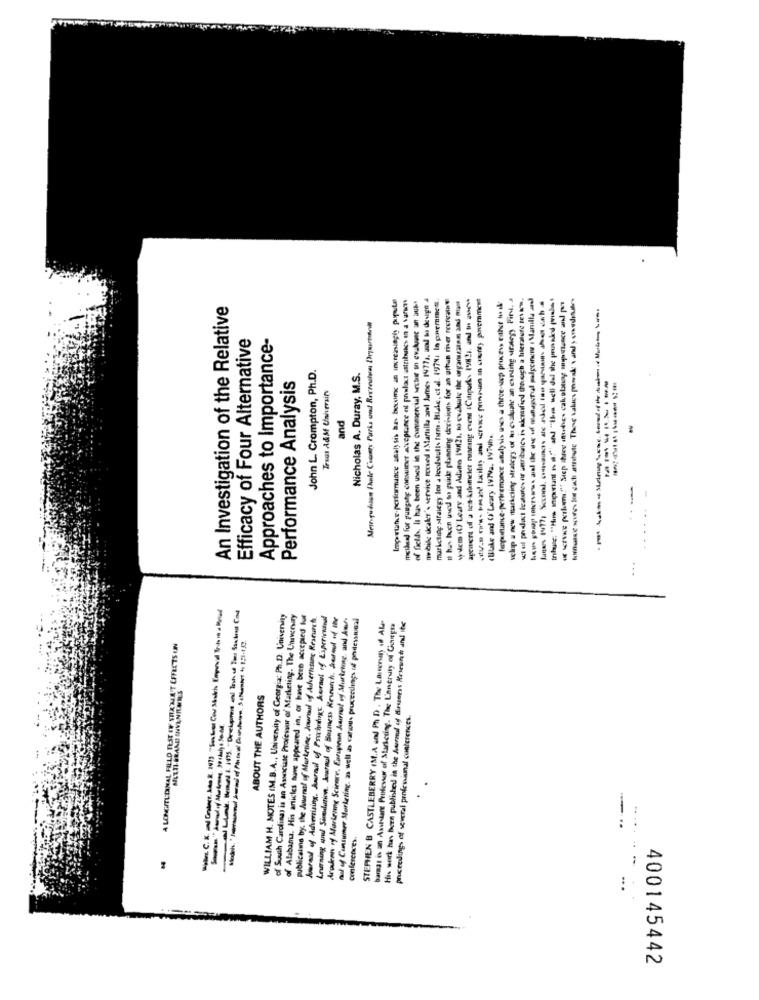
meideal für gungahiç consumer acceptance el prolact astributos in a varsens
of fields, It has been used in the cunumercial sesbur on evaluune an aus
ne baile skaler's service rocked Martella and June, 19771. zo hus design a
marketing Mifaiegy los a leedsulis form.Huske, et al. 19774, In parmmet.
It has been used to guide planning decisions for an urhan river recreatat
wwcm (O' Leary and Adudo 19821, to evaluate the organscalam and mag
Las 177, Scool, ounas se siel tos quias hecha
Inhuse: "Hurs important n. i."" and "this well del the prussicd (viales
An Investigation of the Relative
Nopaintance-periremonce analysis uses a three-wiep process either to il
Mergulion Dair Ciomy Paris und Recreios Diepartant
Efficacy of Four Alternative
Approaches to Importance-
John L. Crompton, Ph.D.
Nicholas A. Duray, M.S.
-------
Performance Analysis
Treas A&M University
and
(luke and O'Leary IVIVa. WyTuh.
-
Wite. C. K. zal Grader. Jan 2. 141) "Sex Les Cou South Empresa Trots in a Road
WILLIAM H. MOTES (M.B.A ., University of Georgia: Ph.D. University
of South Carolina) is an Associate Professor of' Marketing. The Unaveray
of Alabama. His articles have appeared in. or have been accepted fut
publications by. the Journal of Marketing, Jourout of Adversary Research.
Journal of Advertising, barad of Praxinings hornel of Experienand
Leuning and Sindsin. Journal of Bonnes Knowth. herout of the
Arukron of Markring Science, Eorupean Aurnot of Surkring, and Auf-
nul of Consumer Marketing, as well as canous proceedings of phdessinal
STEPHEN B CASTLEBERRY (M.A and Ph D . The Lassonsany of AL
baras is an Asshaare Professor of Starkcting. The Unneruty of Gourgta
His work has been published in the hurnul of Brunes Koweunh and the
A LONGITLIANAL FIELD TEST IN SIX MEAT EFFECTS UN
METTI-BRAND INVANILANS
ABOUT THE AUTHORS
proceedings of several profesional conferences.
conferences.
400145442